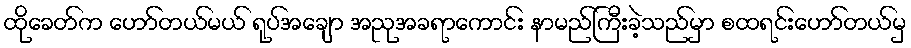
ထိုခေတ်က ဟော်တယ်မယ် ရုပ်အချော အညုအခရာကောင်း နာမည်ကြီးခဲ့သည်မှာ စထရင်းဟော်တယ်မှ